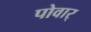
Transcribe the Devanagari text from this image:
पोवार्